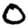
Digit: 0